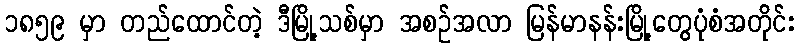
၁၈၅၉ မှာ တည်ထောင်တဲ့ ဒီမြို့သစ်မှာ အစဉ်အလာ မြန်မာနန်းမြို့တွေပုံစံအတိုင်း